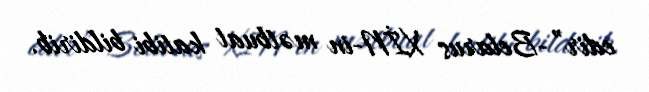
edir”-Belarus XİN-in mətbuat katibi bildirib.